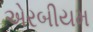
એરબીયમ